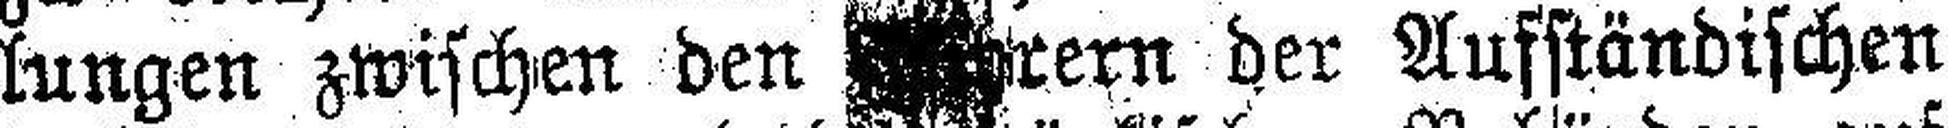
lungen zwischen den ###rern der Aufständischen